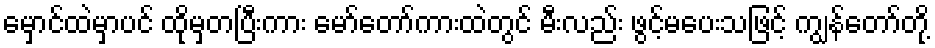
မှောင်ထဲမှာပင် ထိုမှတပြီးကား မော်တော်ကားထဲတွင် မီးလည်း ဖွင့်မပေးသဖြင့် ကျွန်တော်တို့